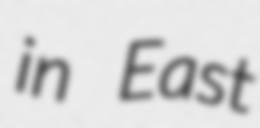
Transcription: in East